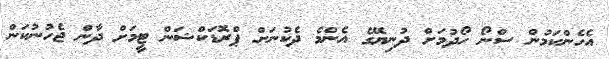
އެހެންކަމުން ސްނޯ ހޯދުމަށް ދުނިޔޭގެ އެންމެ ދެކުނަށް ޕްރޮޑަކްޝަން ޓީމަށް ދާން ޖެހުނުކަން